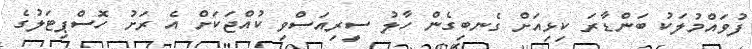
ފުވައްމުލަކު ބަންޑާރަ ކިޅިއަށް ގެނބިގެން ހާލު ސީރިއަސްވި ކުއްޖަކަށް އެ ރަށު ހޮސްޕިޓަލުގެ